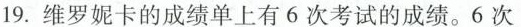
19.维罗妮卡的成绩单上有6次考试的成绩。6次